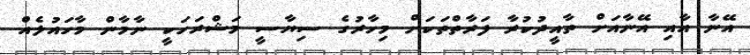
އޭނާ އާއި އޭނާއަށް ތާއީދުކުރާ ފަރާތްތަކަށް މިހާރުގެ ސިޔާސީ މަޝްރަހަކީ ނާމާން މާހައުލެއް